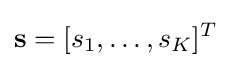
\mathbf {s} =[s_{1},\ldots ,s_{K}]^{T}